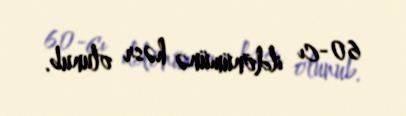
60-cı ildönümünə həsr olunub.